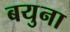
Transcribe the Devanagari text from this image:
बयुना